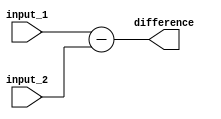
module behavioral_subtractor (
    input [7:0] input_1,
    input [7:0] input_2,
    output reg [7:0] difference
);

assign difference = input_1 - input_2;

endmodule